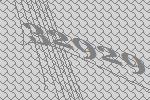
32929